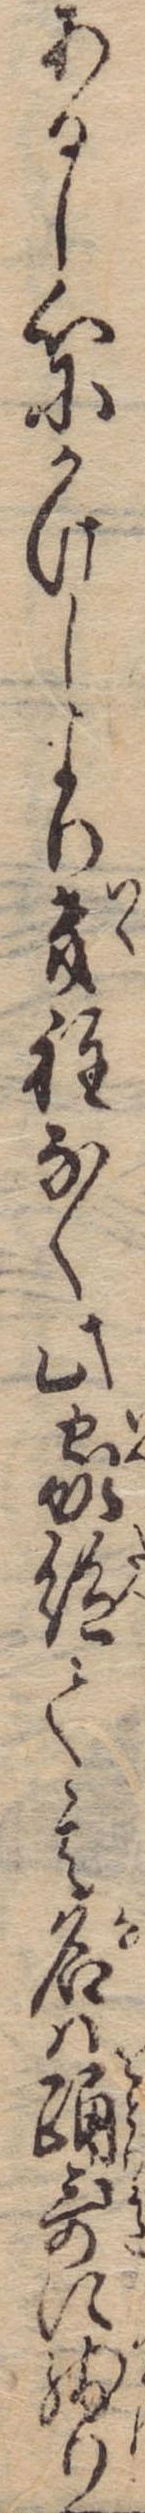
あるし心にかけしより幾程なく此家絶て其名は踊歌に残り